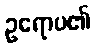
ဥရောပ၏